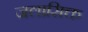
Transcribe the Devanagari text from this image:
जलासिक्त